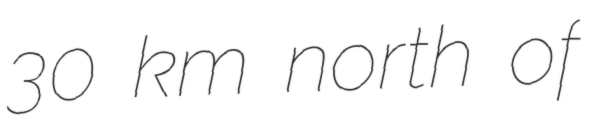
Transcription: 30 km north of